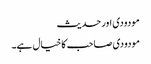
مودودی اور حدیث
مودودی صاحب کا خیال ہے۔